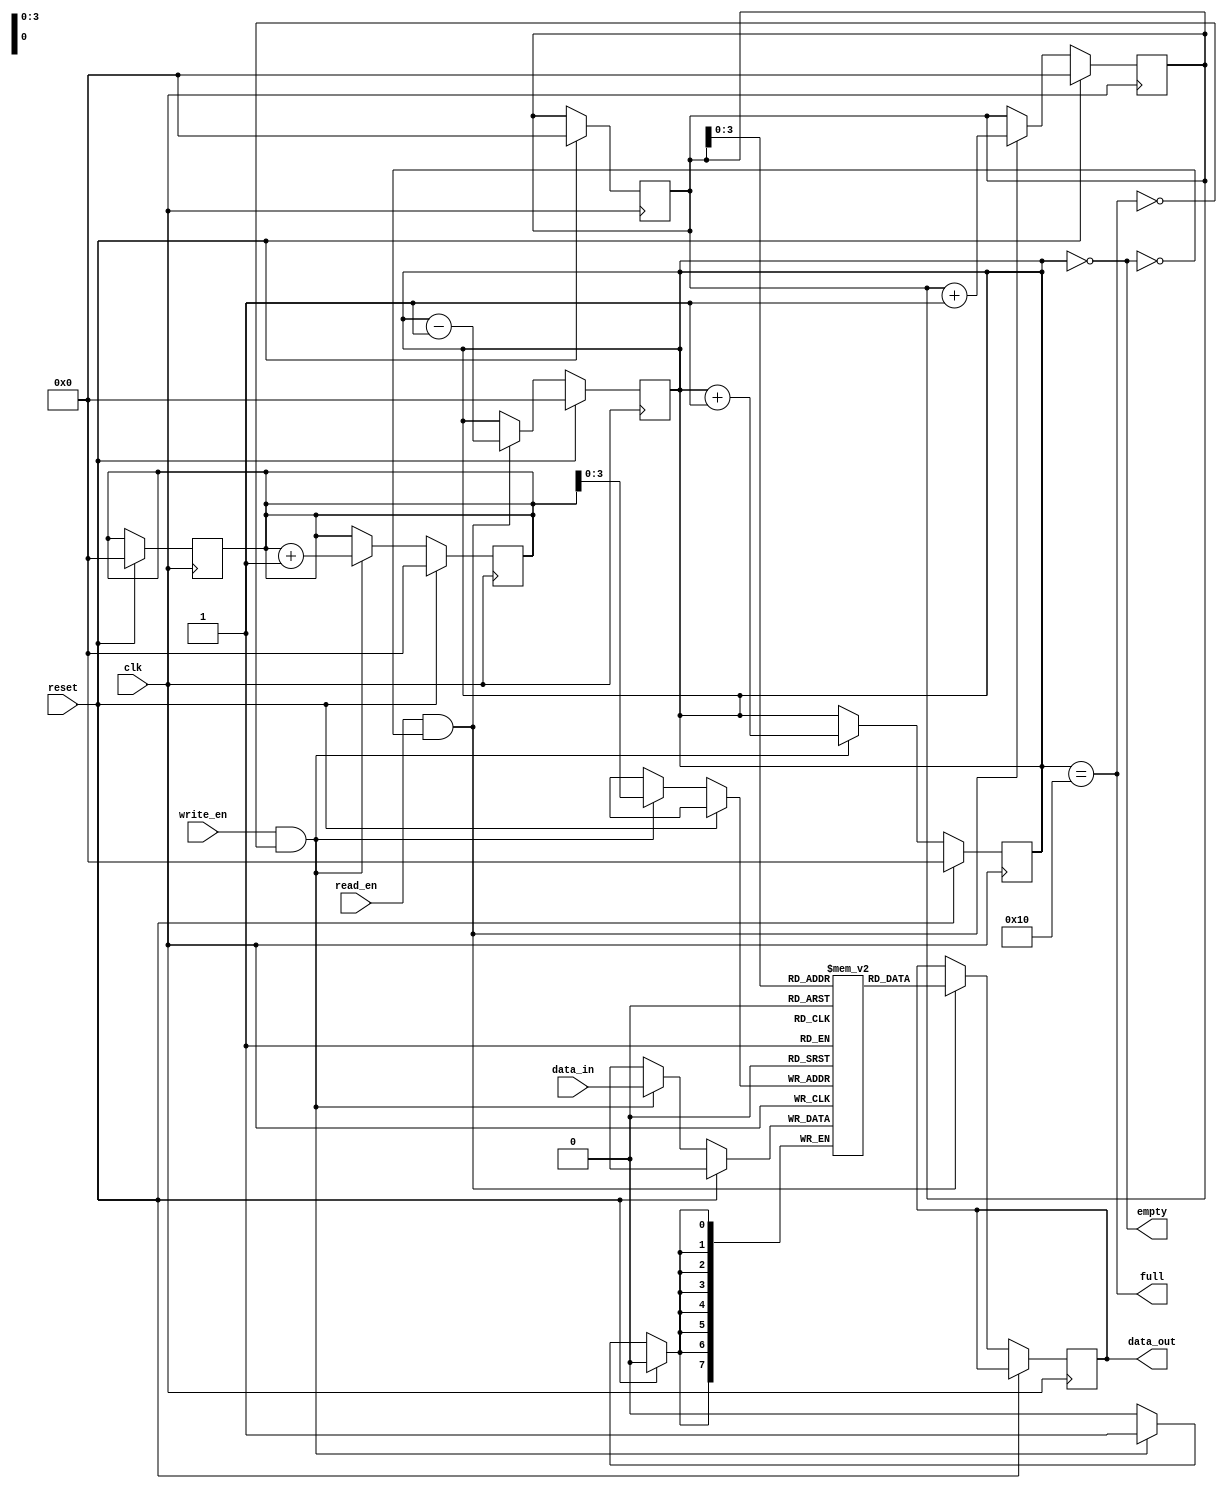

module Sync_FIFO (
    input wire clk,        // Clock input
    input wire reset,      // Reset input
    input wire write_en,   // Write enable signal
    input wire read_en,    // Read enable signal
    input wire [7:0] data_in,  // Input data
    output reg [7:0] data_out, // Output data
    output wire empty,     // Empty flag
    output wire full       // Full flag
);

parameter DEPTH = 16; // Depth of the FIFO

reg [7:0] fifo[0:DEPTH-1];
reg [4:0] write_ptr, read_ptr;
reg [4:0] count;

// Write process
always @(posedge clk) begin
    if (reset) begin
        write_ptr <= 0;
        read_ptr <= 0;
        count <= 0;
    end else begin
        if (write_en && ~full) begin
            fifo[write_ptr] <= data_in;
            write_ptr <= write_ptr + 1;
            count <= count + 1;
        end
    end
end

// Read process
always @(posedge clk) begin
    if (reset) begin
        write_ptr <= 0;
        read_ptr <= 0;
        count <= 0;
    end else begin
        if (read_en && ~empty) begin
            data_out <= fifo[read_ptr];
            read_ptr <= read_ptr + 1;
            count <= count - 1;
        end
    end
end

// Empty and Full flags
assign empty = (count == 0);
assign full = (count == DEPTH);

endmodule